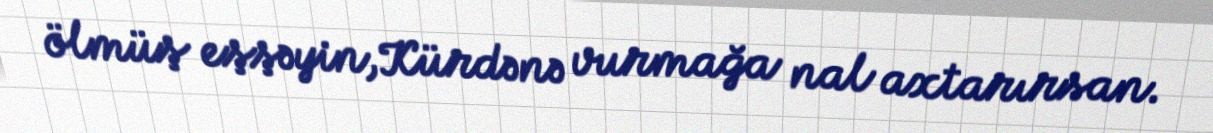
ölmüş eşşəyin,Kürdənə vurmağa nal axtarırsan.